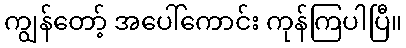
ကျွန်တော့် အပေါ်ကောင်း ကုန်ကြပါပြီ။